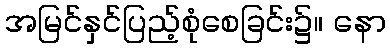
အမြင်နှင်ပြည့်စုံစေခြင်း၌။ နော